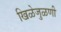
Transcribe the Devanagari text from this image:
खिळेजुळणी